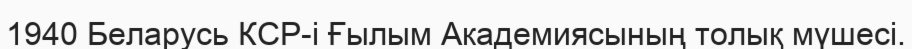
1940 Беларусь КСР-і Ғылым Академиясының толық мүшесі.